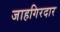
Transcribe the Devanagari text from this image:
जाहगिरदार